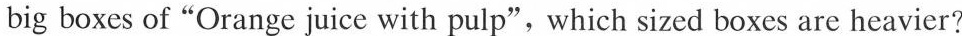
big boxes of"Orange juice with pulp",which sized boxes are heavier?